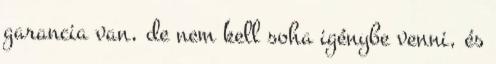
garancia van, de nem kell soha igénybe venni, és